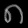
Digit: ၈